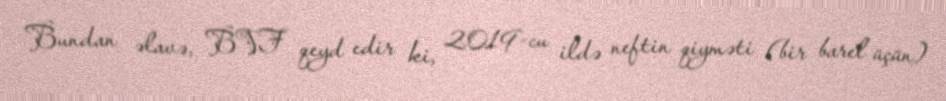
Bundan əlavə, BVF qeyd edir ki, 2019-cu ildə neftin qiyməti (bir barel üçün)